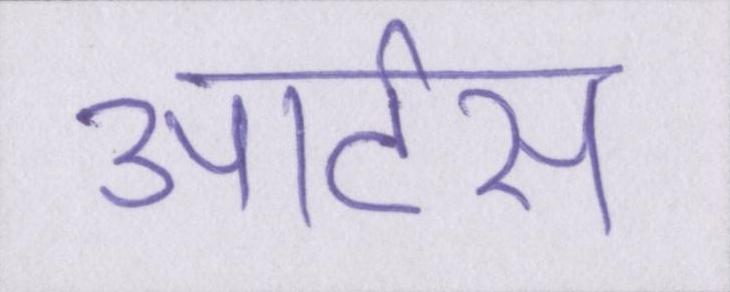
आर्टस